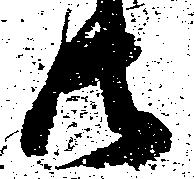
共